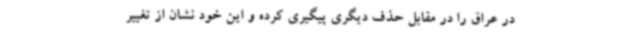
در عراق را در مقابل حذف دیگری پیگیری کرده و این خود نشان از تغییر